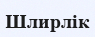
Шлирлік